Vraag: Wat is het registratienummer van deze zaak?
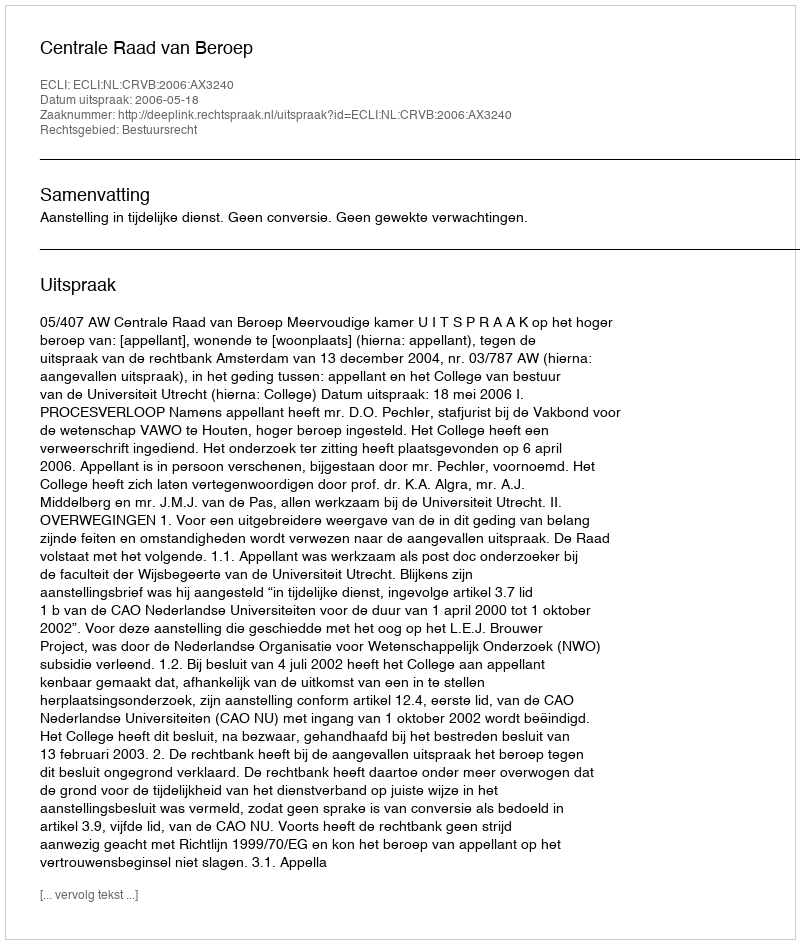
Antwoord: http://deeplink.rechtspraak.nl/uitspraak?id=ECLI:NL:CRVB:2006:AX3240